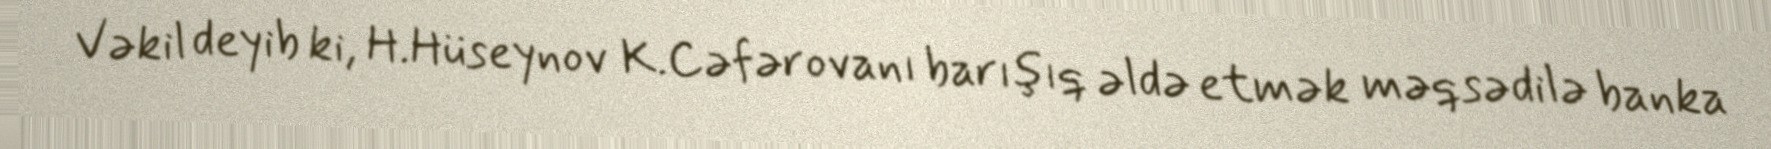
Vəkil deyib ki, H.Hüseynov K.Cəfərovanı barışıq əldə etmək məqsədilə banka